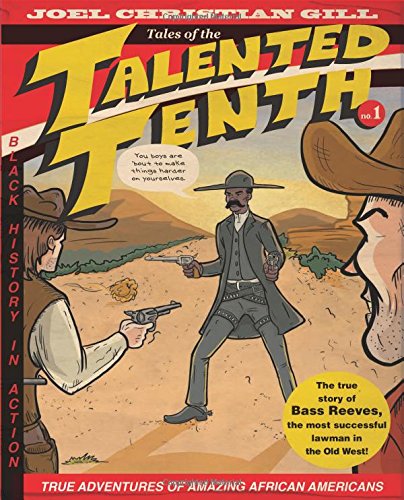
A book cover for Bass Reeves: Tales of the Talented Tenth, Volume 1; Joel Christian Gill; Biographies & Memoirs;